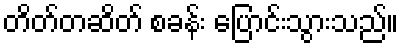
တိတ်တဆိတ် စခန်း ပြောင်းသွားသည်။